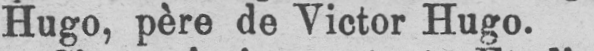
Hugo, père de Victor Hugo.